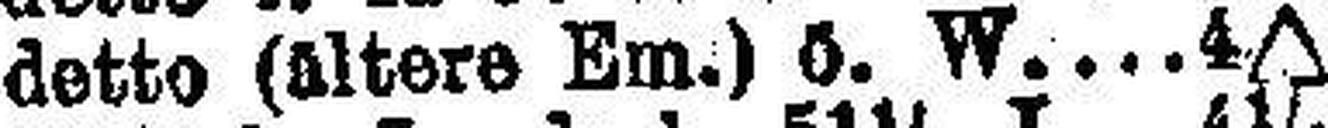
detto (altere Em.) ö. W 4